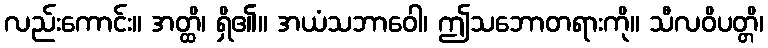
လည်းကောင်း။ အတ္ထိ၊ ရှိ၏။ အယံသဘာဝေါ၊ ဤသဘောတရားကို။ သီလဝိပတ္တိ၊